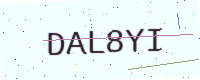
Text: DAL8YI